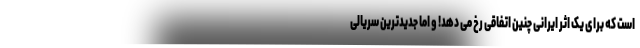
است که برای یک اثر ایرانی چنین اتفاقی رخ می دهد! و اما جدیدترین سریالی